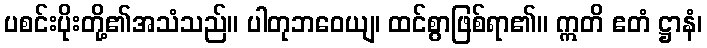
ပစင်းပိုးတို့၏အသံသည်။ ပါတုဘဝေယျ၊ ထင်စွာဖြစ်ရာ၏။ ဣတိ ဧတံ ဋ္ဌာနံ၊